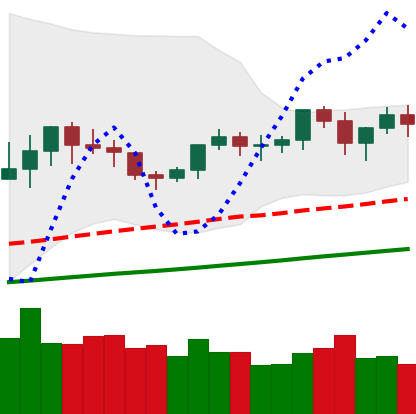
Ticker: XMR-USD
Chart end date: 2021-03-18
Forward return: -5.408%
Label: down_5_7